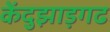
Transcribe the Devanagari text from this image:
केंदुझाड़गढ